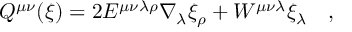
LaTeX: Q ^ { \mu \nu } ( \xi ) = 2 E ^ { \mu \nu \lambda \rho } \nabla _ { \lambda } \xi _ { \rho } + W ^ { \mu \nu \lambda } \xi _ { \lambda } ~ ~ ~ ,